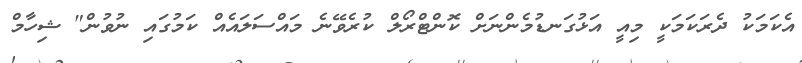
އެކަމަކު ދެރަކަމަކީ މިއީ އަޅުގަނޑުމެންނަށް ކޮންޓްރޯލް ކުރެވޭނެ މައްސަލައެއް ކަމުގައި ނުވުން" ޝިހާމް